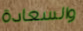
والسعادة